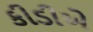
કીડીએ